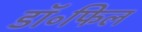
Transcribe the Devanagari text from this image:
डॉ॰फिल